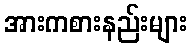
အားကစားနည်းများ